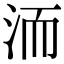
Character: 洏